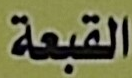
القبعة